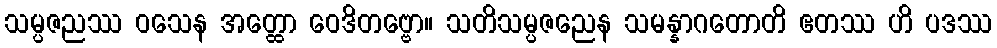
သမ္ပဇညဿ ဝသေန အတ္ထော ဝေဒိတဗ္ဗော။ သတိသမ္ပဇညေန သမန္နာဂတောတိ ဧတဿ ဟိ ပဒဿ